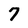
Character: 7